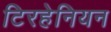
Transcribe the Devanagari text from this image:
टिरहेनियन